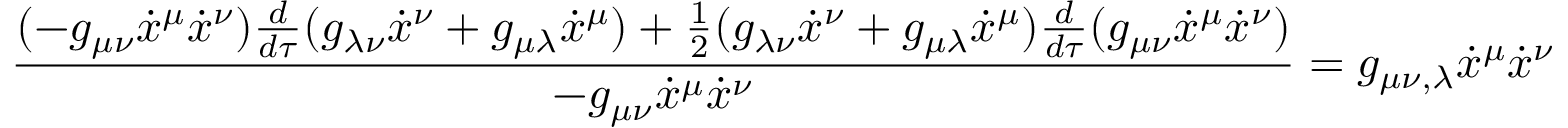
{ \frac { ( - g _ { \mu \nu } { \dot { x } } ^ { \mu } { \dot { x } } ^ { \nu } ) { \frac { d } { d \tau } } ( g _ { \lambda \nu } { \dot { x } } ^ { \nu } + g _ { \mu \lambda } { \dot { x } } ^ { \mu } ) + { \frac { 1 } { 2 } } ( g _ { \lambda \nu } { \dot { x } } ^ { \nu } + g _ { \mu \lambda } { \dot { x } } ^ { \mu } ) { \frac { d } { d \tau } } ( g _ { \mu \nu } { \dot { x } } ^ { \mu } { \dot { x } } ^ { \nu } ) } { - g _ { \mu \nu } { \dot { x } } ^ { \mu } { \dot { x } } ^ { \nu } } } = g _ { \mu \nu , \lambda } { \dot { x } } ^ { \mu } { \dot { x } } ^ { \nu } \qquad \qquad ( 5 )